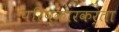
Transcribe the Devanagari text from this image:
परिष्कारकर्ता